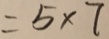
= 5 \times 7